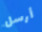
أرسل